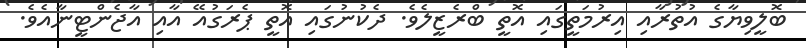
ބޮލީވިޔާގެ އުތުރާއި އިރުމަތީގައި އޮތީ ބްރެޒީލެވެ. ދެކުނުގައި އޮތީ ޕެރަގުއޭ އާއި އާޖެންޓީނާއެވެ.